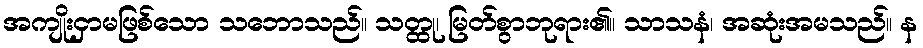
အကျိုးငှာမဖြစ်သော သဘောသည်။ သတ္ထု၊ မြတ်စွာဘုရား၏။ သာသနံ၊ အဆုံးအမသည်။ န